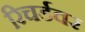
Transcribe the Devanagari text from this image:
रिचर्डवर